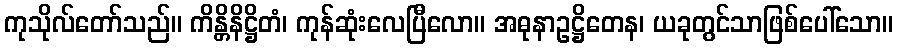
ကုသိုလ်တော်သည်။ ကိန္တိနိဋ္ဌိတံ၊ ကုန်ဆုံးလေပြီလော။ အဓုနာဥဋ္ဌိတေန၊ ယခုတွင်သာဖြစ်ပေါ်သော။